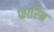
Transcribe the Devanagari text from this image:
फारिन